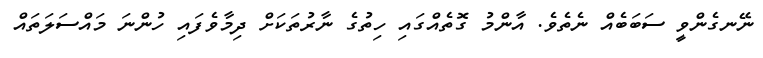
ނޭނގެންވީ ސަބަބެއް ނެތެވެ. އާންމު ގޮތެއްގައި ހިތުގެ ނާރުތަކަށް ދިމާވެފައި ހުންނަ މައްސަލަތައް